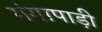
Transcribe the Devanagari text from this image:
गंगापाड़ी